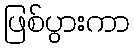
ဖြစ်ပွားကာ